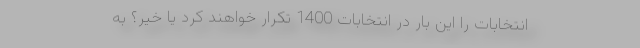
انتخابات را این بار در انتخابات 1400 تکرار خواهند کرد یا خیر؟ به